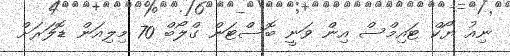
ނިއު ޔޯކް ޓައިމްސް އިން ވަނީ ބޮސްޓަން ގްލޯބް 70 މިލިއަން ޑޮލަރަށް